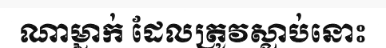
ណាម្នាក់ ដែលត្រូវស្លាប់នោះ